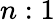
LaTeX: n:1